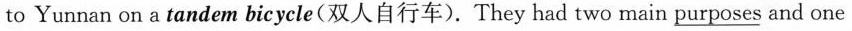
to Yunnan on a tandem bicycle(双人自行车).They had two main \underline{purposes} and one